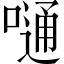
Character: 嗵